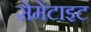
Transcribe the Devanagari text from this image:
सेमेंटाइट